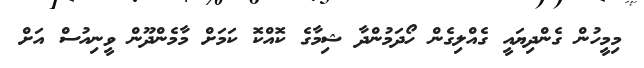
މިމީހުން ގެންދިޔައީ ގެއްލިގެން ހޯދަމުންދާ ޝިމާގެ ކޮއްކޮ ކަމަށް މާމެންދޫން ވީނިއުސް އަށް